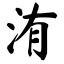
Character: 洧